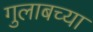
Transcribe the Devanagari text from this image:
गुलाबच्या